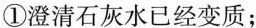
①澄清石灰水已经变质；